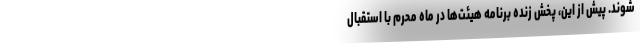
شوند. پیش از این، پخش زنده برنامه هیئت‌ها در ماه محرم با استقبال